Civil Veterinary Department Bihar & Orissa reports 1911-21 - 1911-1921
Year: 1911
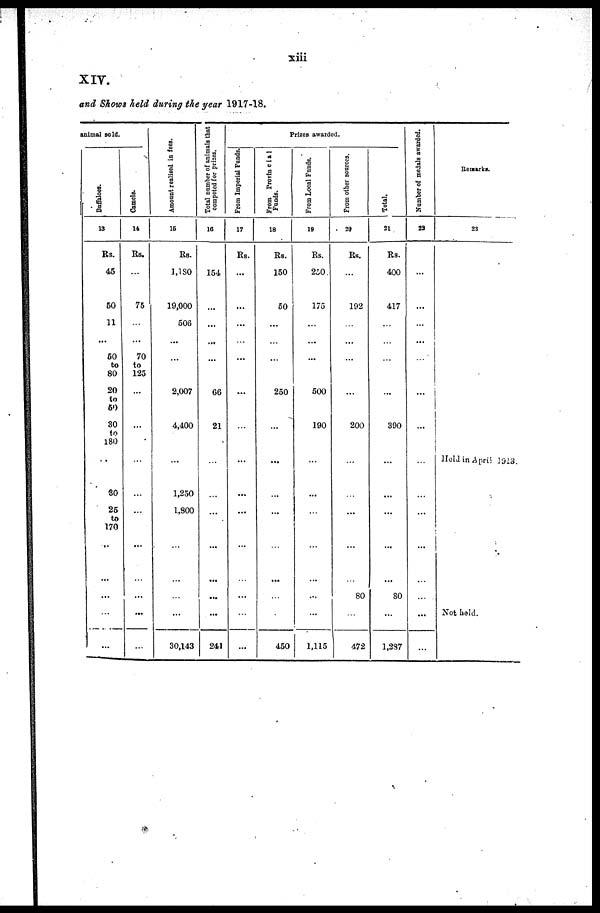
xiii
XIV.
and Shows held during the year 1917-18.
animal sold.
Buffaloes.
13
Rs.
45
50
11
50
to
80
20
to
50
30
to
180
30
25
to
170
..
...
...
...
Camels.
14
Rs.
...
75
...
70
to
125
...
...
...
...
...
...
...
Amount realised in fees.
15
Rs.
1,180
19,000
506
...
2,007
4,400
...
1,250
1,800
...
...
...
30,143
Total number of animals that
competed for prizes.
16
154
...
...
...
66
21
...
...
...
...
241
Pr i
zes a w a r
d e d .
From Imperial Funds.
17
Rs.
...
...
...
...
...
...
...
...
...
...
...
...
From Provincial
Funds.
18
Rs.
150
50
...
...
250
...
...
...
...
...
...
450
From Local Funds.
19
Rs.
250.
175
...
...
500
190
...
...
...
...
...
...
1,115
From other sources.
20
Rs.
192
...
...
...
200
...
...
...
...
80
...
472
Total.
21
Rs.
400
417
...
...
...
390
...
...
...
...
80
...
1,287
Number of medals awarded.
22
...
...
...
...
...
...
...
...
...
...
...
Remarks
23
Held in April 1918.
Not held.